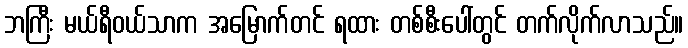
ဘကြီး မယ်ရီဝယ်သာက အမြောက်တင် ရထား တစ်စီးပေါ်တွင် တက်လိုက်လာသည်။